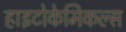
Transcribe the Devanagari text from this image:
हाइटोकेमिकल्स